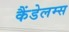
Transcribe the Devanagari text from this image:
कैंडेलम्स